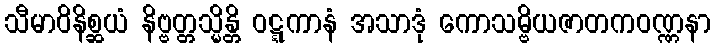
သီမာဝိနိစ္ဆယံ နိဗ္ဗတ္တသ္မိန္တိ ဝဋ္ဋကာနံ အသာဒုံ ကောသမ္ဗိယဇာတကဝဏ္ဏနာ